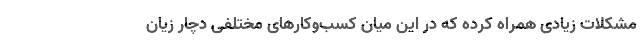
مشکلات زیادی همراه کرده که در این میان کسب‌وکارهای مختلفی دچار زیان